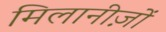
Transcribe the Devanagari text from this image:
मिलानीज़ों